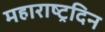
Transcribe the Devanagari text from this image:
महाराष्ट्रदिन